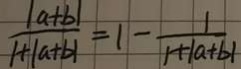
\frac { \vert a + b \vert } { 1 + \vert a + b \vert } = 1 - \frac { 1 } { 1 + \vert a + b \vert }